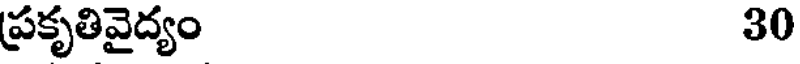
ప్రకృతివైద్యం 30